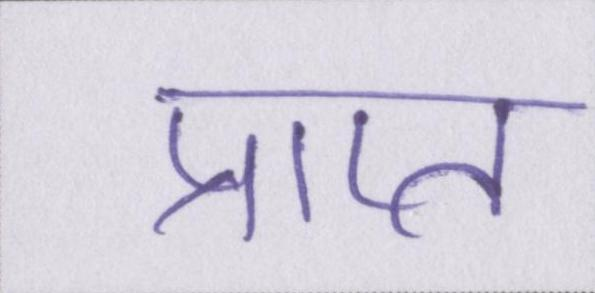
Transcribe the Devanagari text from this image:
प्राप्त